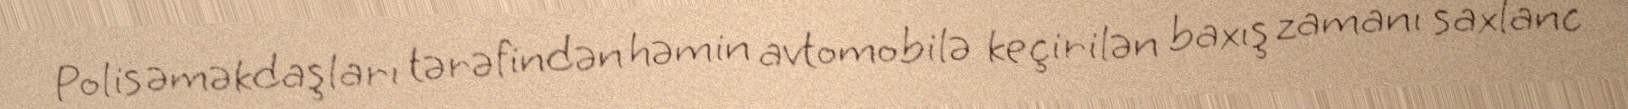
Polis əməkdaşları tərəfindən həmin avtomobilə keçirilən baxış zamanı saxlanc